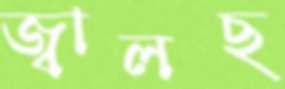
জ্বালছ